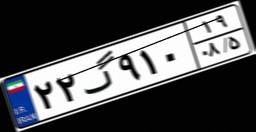
۰۱گ۲۴۹۷۷